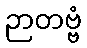
ဉာတဗ္ဗံ